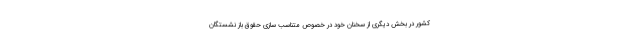
کشور در بخش دیگری از سخنان خود در خصوص متناسب سازی حقوق باز نشستگان